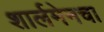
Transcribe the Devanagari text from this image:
शार्लमेनचा